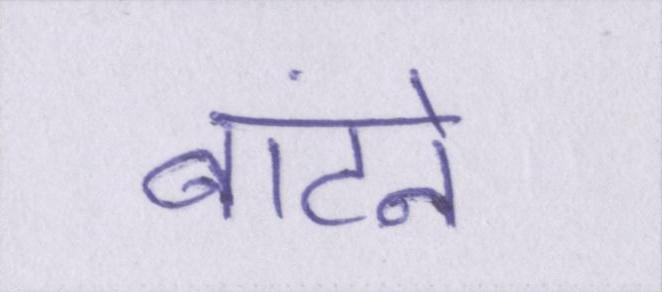
बांटने